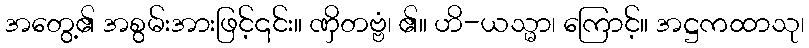
အတွေ့၏ အစွမ်းအားဖြင့်၎င်း။ ဏှိတဗ္ဗံ၊ ၏။ ဟိ-ယသ္မာ၊ ကြောင့်။ အဋ္ဌကထာသု၊